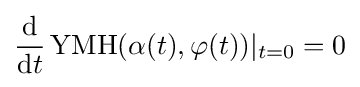
{\frac {\mathrm {d} }{\mathrm {d} t}}\operatorname {YMH} (\alpha (t),\varphi (t))\vert _{t=0}=0